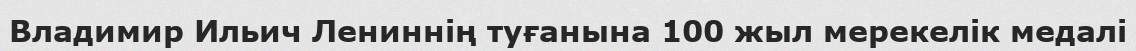
Владимир Ильич Лениннің туғанына 100 жыл мерекелік медалі